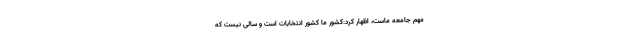
مهم جامعه ماست، اظهار کرد:کشور ما کشور انتخابات است و سالی نیست که